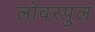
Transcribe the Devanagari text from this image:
लोवरपुल